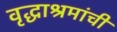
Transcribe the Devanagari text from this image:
वृद्धाश्रमांची